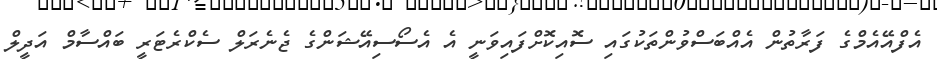
އެފްއޭއެމްގެ ފަރާތުން އެއްބަސްވުންތަކުގައި ސޮއިކޮށްފައިވަނީ އެ އެސޯސިއޭޝަންގެ ޖެނެރަލް ސެކްރެޓަރީ ބައްސާމް އަދީލް